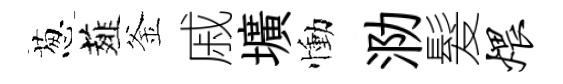
葱薤釜戚壙慟泐髮煨